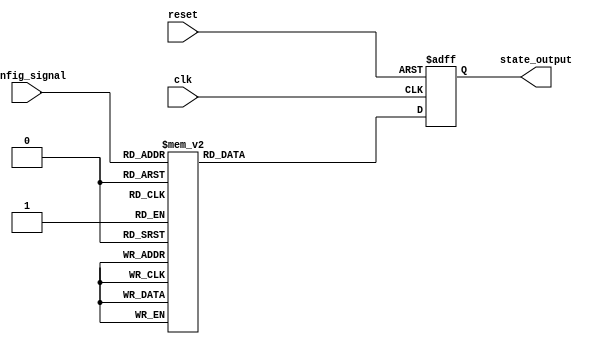
module ConfigurableInitialConditions (
    input wire [2:0] config_signal, // Configuration signal (3-bit for up to 8 states)
    input wire reset,                // Reset signal (active-high)
    input wire clk,                  // Clock signal
    output reg [7:0] state_output    // State outputs (8-bit)
);

// Define the default state
localparam DEFAULT_STATE = 8'b00000000;

// Define the possible initial conditions
localparam [7:0] INIT_STATE_0 = 8'b00000001;
localparam [7:0] INIT_STATE_1 = 8'b00000010;
localparam [7:0] INIT_STATE_2 = 8'b00000011;
localparam [7:0] INIT_STATE_3 = 8'b00000100;
localparam [7:0] INIT_STATE_4 = 8'b00000101;
localparam [7:0] INIT_STATE_5 = 8'b00000110;
localparam [7:0] INIT_STATE_6 = 8'b00000111;
localparam [7:0] INIT_STATE_7 = 8'b00001000;

// State register
reg [7:0] state_reg;

// Multiplexer logic to select initial conditions based on config_signal
always @(*) begin
    case (config_signal)
        3'b000: state_reg = INIT_STATE_0;
        3'b001: state_reg = INIT_STATE_1;
        3'b010: state_reg = INIT_STATE_2;
        3'b011: state_reg = INIT_STATE_3;
        3'b100: state_reg = INIT_STATE_4;
        3'b101: state_reg = INIT_STATE_5;
        3'b110: state_reg = INIT_STATE_6;
        3'b111: state_reg = INIT_STATE_7;
        default: state_reg = DEFAULT_STATE; // Fallback case
    endcase
end

// Update state_output based on reset and clock
always @(posedge clk or posedge reset) begin
    if (reset) begin
        state_output <= DEFAULT_STATE; // Load default state on reset
    end else begin
        state_output <= state_reg; // Update state output from state register
    end
end

endmodule